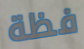
فظة